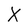
Character: X